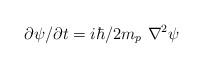
LaTeX: \begin{align*}\partial \psi / \partial t = i\hbar /2m_{p}\ {\nabla}^{2} \psi\end{align*}